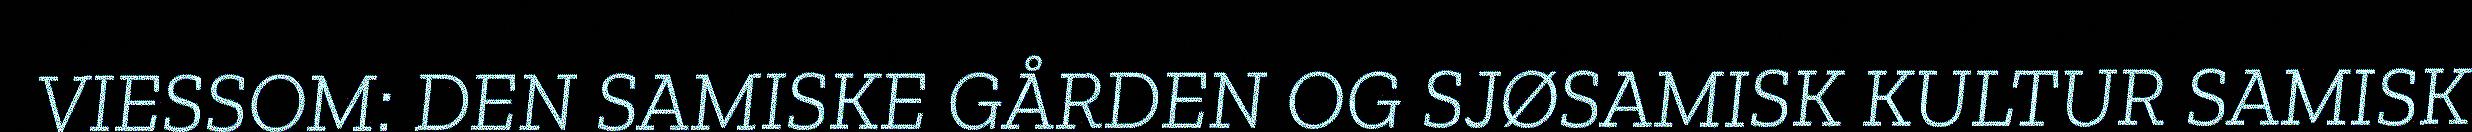
VIESSOM: DEN SAMISKE GÅRDEN OG SJØSAMISK KULTUR SAMISK